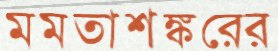
মমতাশঙ্করের